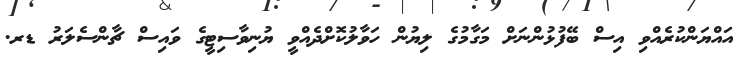
އައްޔަންކުރެއްވި އިސް ބޭފުޅުންނަށް މަގާމުގެ ލިޔުން ހަވާލުކޮށްދެއްވީ ޔުނިވާސިޓީގެ ވައިސް ޗާންސެލަރު ޑރ.